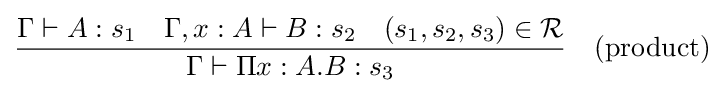
{\frac {\Gamma \vdash A:s_{1}\quad \Gamma ,x:A\vdash B:s_{2}\quad (s_{1},s_{2},s_{3})\in {\mathcal {R}}}{\Gamma \vdash \Pi x:A.B:s_{3}}}\quad {\text{(product)}}